Annual report of the Punjab Veterinary College and of the Civil Veterinary Department, Punjab - 1926-1932
Year: 1926
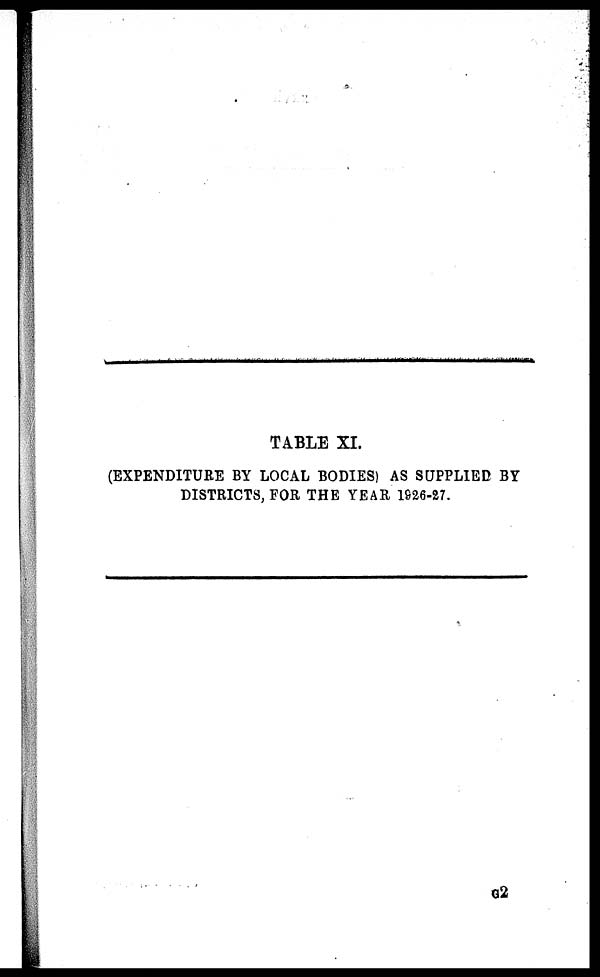
TABLE XI.
(EXPENDITURE BY LOCAL BODIES) AS SUPPLIED BY
DISTRICTS, FOR THE YEAR 1926-27.
G2